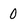
Character: 0